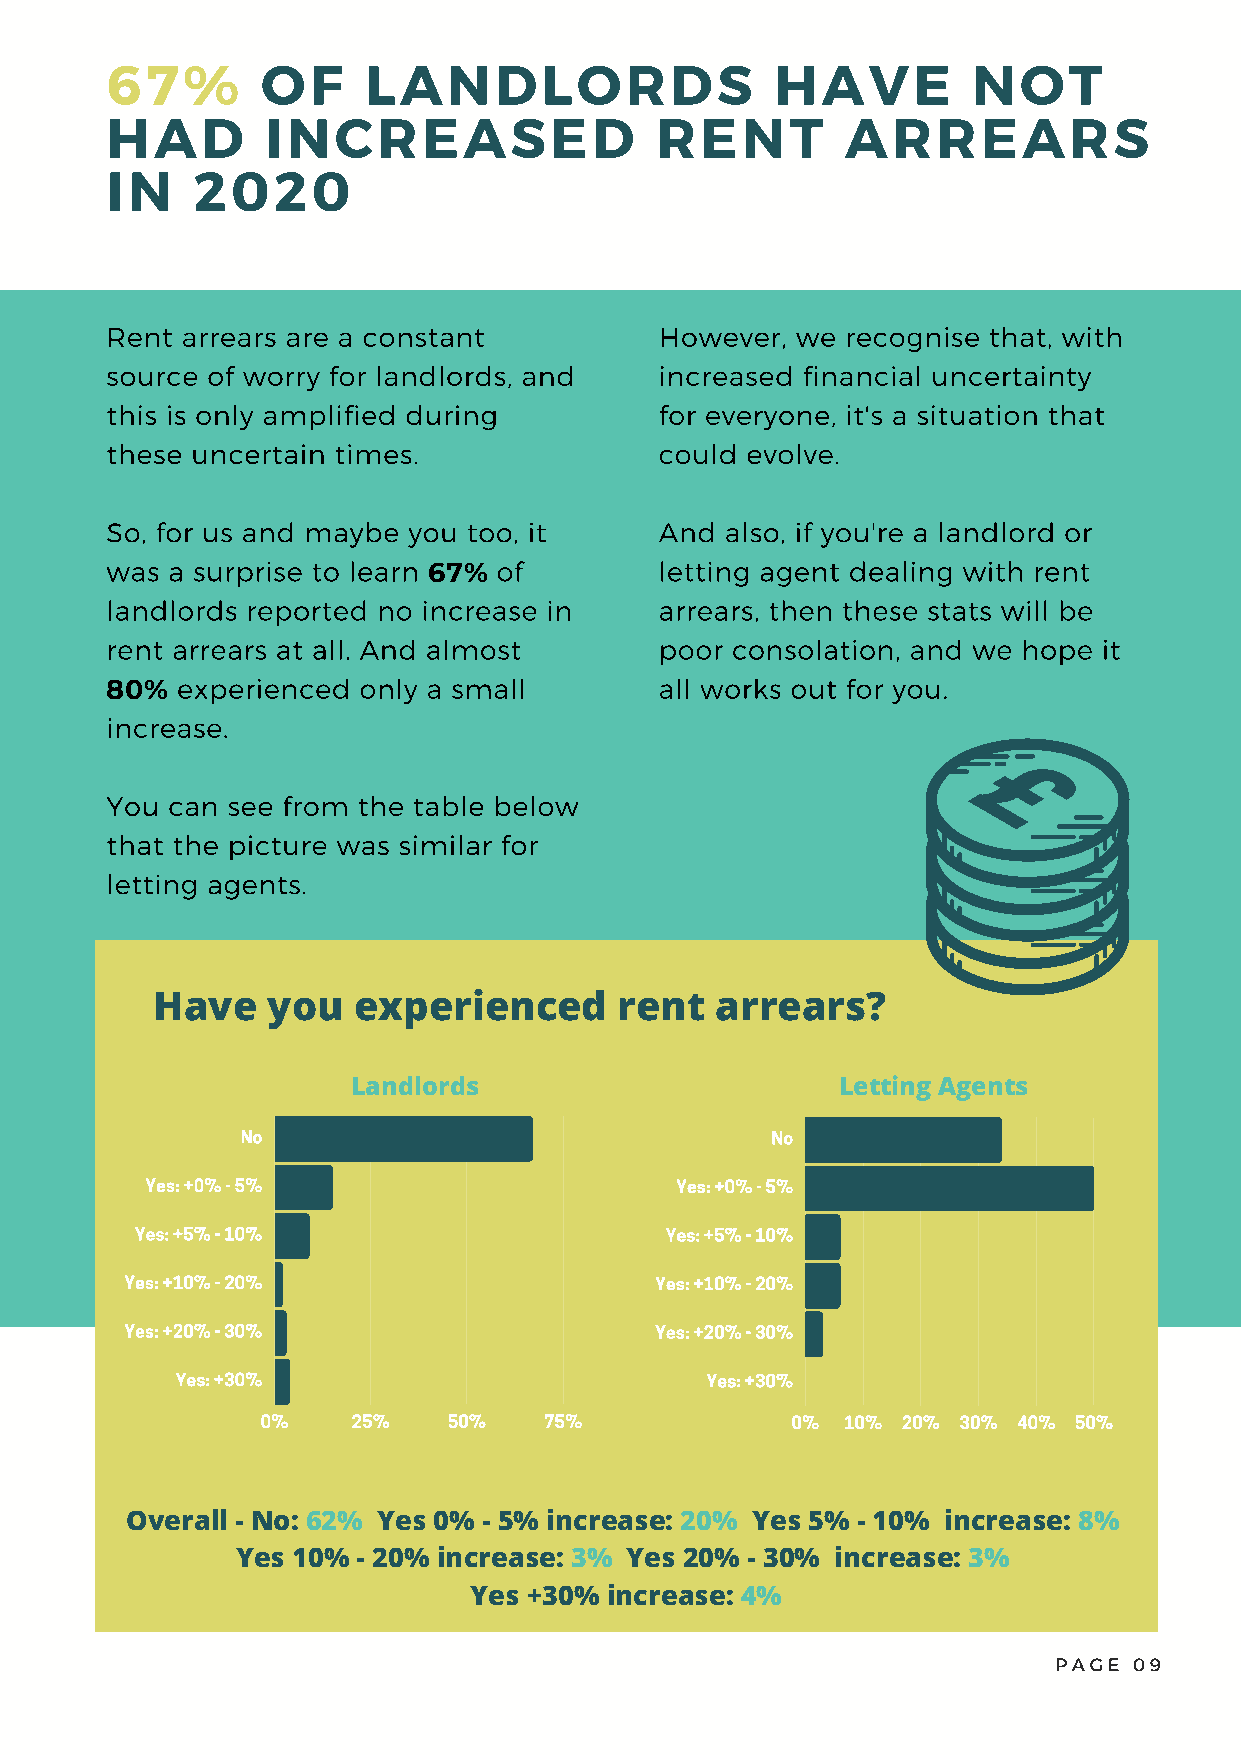
67%       OF     LANDLORDS                  HAVE         NOT
 HAD        INCREASED                RENT         ARREARS
 IN    2020
 Rent arrears are a constant          However, we recognise that, with
 source of worry for landlords, and   increased financial uncertainty
 this is only amplified during        for everyone, it's a situation that
 these uncertain times.               could evolve.
 So, for us and maybe you too, it     And also, if you're a landlord or
 was a surprise to learn   of         letting agent dealing with rent
 67%
 landlords reported no increase in    arrears, then these stats will be
 rent arrears at all. And almost      poor consolation, and we hope it
 experienced only a small        all works out for you.
 80%
 increase.
 You can see from the table below
 that the picture was similar for
 letting agents.
 Have    you  experienced       rent  arrears?
 Landlords                        Letting Agents
 No                                 No
 Yes: +0% - 5%                      Yes: +0% - 5%
 Yes: +5% - 10%                     Yes: +5% - 10%
 Yes: +10% - 20%                    Yes: +10% - 20%
 Yes: +20% - 30%                    Yes: +20% - 30%
 Yes: +30%                          Yes: +30%
 0%    25%    50%   75%             0%  10% 20% 30% 40% 50%
 Overall - No: 62% Yes 0% - 5% increase: 20% Yes 5% - 10% increase: 8%
 Yes 10% - 20% increase: 3% Yes 20% - 30% increase: 3%
 Yes +30% increase: 4%
 PAGE 09